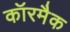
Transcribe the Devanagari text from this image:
कॉरमैक